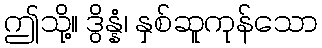
ဤသို့။ ဒွိန္နံ၊ နှစ်ဆူကုန်သော